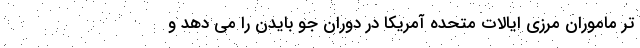
تر ماموران مرزی ایالات متحده آمریکا در دوران جو بایدن را می دهد و